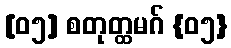
[၀၅] စတုတ္ထမဂ် {၀၅}